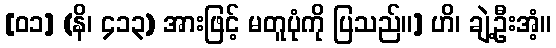
[၀၁] (နိ၊ ၄၁၃) အားဖြင့် မတူပုံကို ပြသည်။] ဟိ၊ ချဲ့ဦးအံ့။